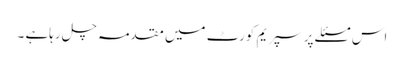
اس مسئلے پر سپریم کورٹ میں مقدمہ چل رہاہے ۔